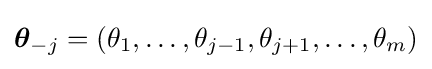
{\boldsymbol {\theta }}_{-j}=\left(\theta _{1},\dots ,\theta _{j-1},\theta _{j+1},\dots ,\theta _{m}\right)